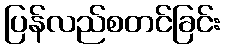
ပြန်လည်စတင်ခြင်း